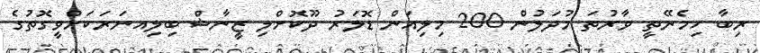
ރިބާ ހިމެނޭތީ ވާރުތަ މުދަލުން 200 މިލިއަން ޑޮލަރު ދޫކޮށްލި ޒީނާޝް ބިލިއނަރަކަށްވީގޮތުގެ